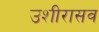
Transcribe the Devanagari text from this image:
उशीरासव